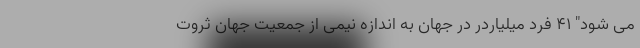
می شود" ۴۱ فرد میلیاردر در جهان به اندازه نیمی از جمعیت جهان ثروت